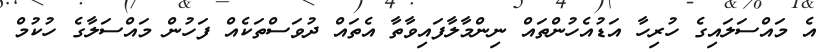
އެ މައްސަލައިގެ ހުރިހާ އަޑުއެހުންތައް ނިންމާލާފައިވާތާ އެތައް ދުވަސްތަކެއް ފަހުން މައްސަލާގެ ހުކުމް